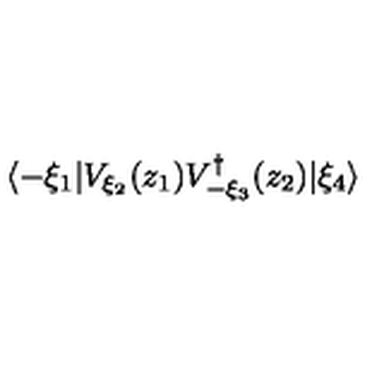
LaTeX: \langle - \xi _ { 1 } | V _ { \xi _ { 2 } } ( z _ { 1 } ) V _ { - \xi _ { 3 } } ^ { \dagger } ( z _ { 2 } ) | \xi _ { 4 } \rangle